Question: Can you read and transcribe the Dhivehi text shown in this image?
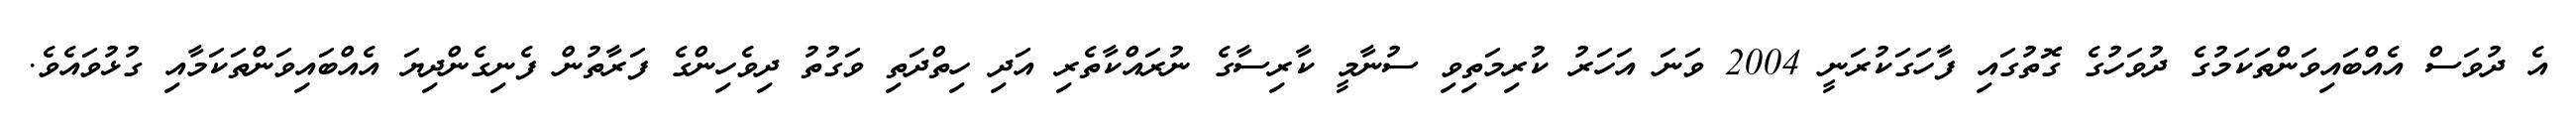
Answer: އެ ދުވަސް އެއްބައިވަންތަކަމުގެ ދުވަހުގެ ގޮތުގައި ފާހަގަކުރަނީ 2004 ވަނަ އަހަރު ކުރިމަތިވި ސުނާމީ ކާރިސާގެ ނުރައްކާތެރި އަދި ހިތްދަތި ވަގުތު ދިވެހިންގެ ފަރާތުން ފެނިގެންދިޔަ އެއްބައިވަންތަކަމާއި ގުޅުވައެވެ.